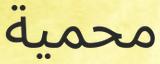
محمية